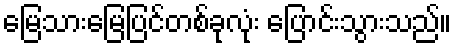
မြေသားမြေပြင်တစ်ခုလုံး ပြောင်းသွားသည်။